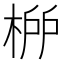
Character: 𣓠